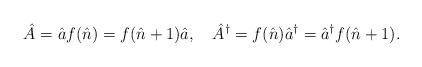
LaTeX: \begin{align*}\hat A = \hat a f(\hat n) = f(\hat n+1)\hat a, \ \ \ \hat A^{\dagger}=f(\hat n) \hat a^{\dagger} = \hat a^{\dagger}f(\hat n+1).\end{align*}